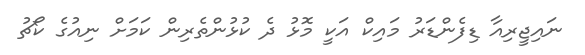
ނައިޖީރިއާ ޑިފެންޑަރު މައިކް އަކީ މޮޅު ދެ ކުޅުންތެރިން ކަމަށް ނިއުގެ ކޯޗު